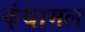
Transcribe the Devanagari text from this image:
कंधामल